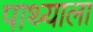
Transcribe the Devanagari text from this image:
पाथ्याला